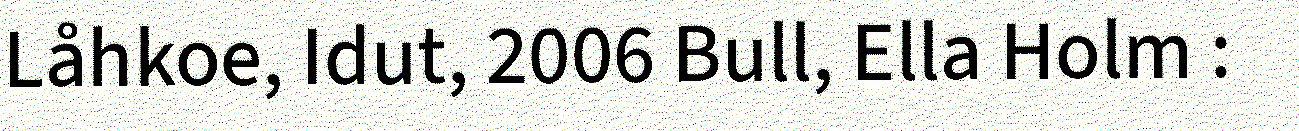
Låhkoe, Idut, 2006 Bull, Ella Holm :